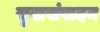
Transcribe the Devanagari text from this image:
सुखसंपादन